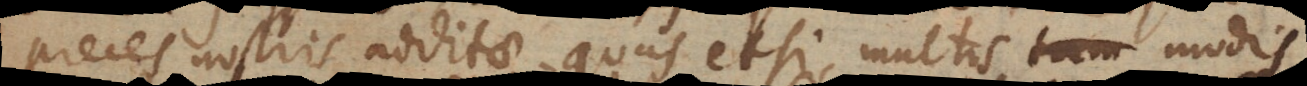
preces nostris additae, quas etsi multis modis